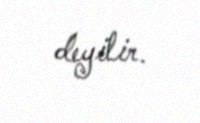
deyilir.